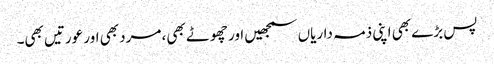
پس بڑے بھی اپنی ذمہ داریاں سمجھیں اور چھوٹے بھی، مرد بھی اور عورتیں بھی۔